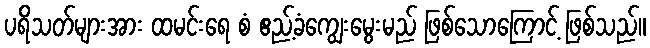
ပရိသတ်များအား ထမင်းရေ စံ ဧည့်ခံကျွေးမွေးမည် ဖြစ်သောကြောင့် ဖြစ်သည်။